Annual administration report of the Civil Veterinary Department of India - 1897-1898
Year: 1897
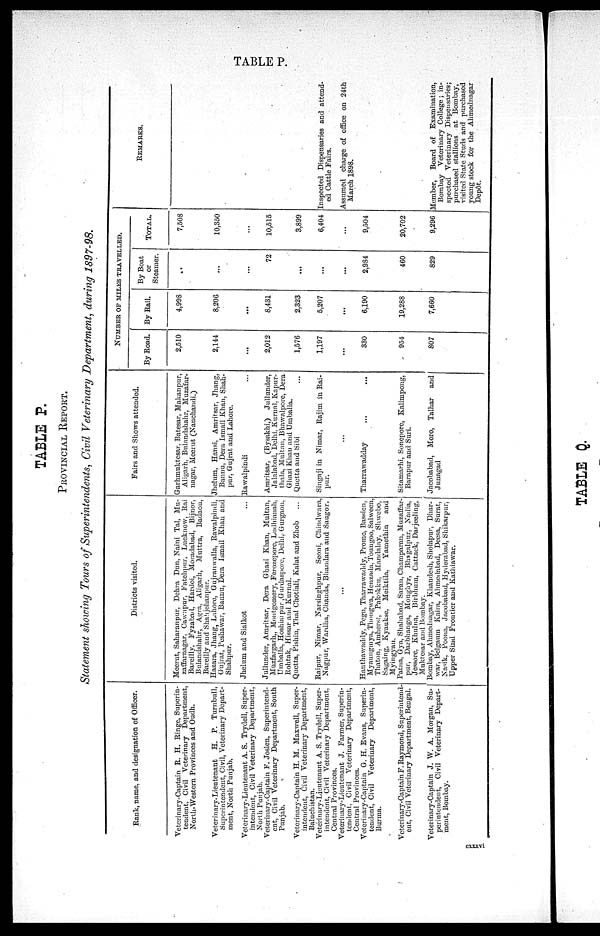
TABLE P.
TABLE P.
PROVINCIAL REPORT.
Statement showing Tours of Superintendents, Civil Veterinary Department, during 1897-98.
Rank, name, and designation of Officer.
Veterinary-Captain R. H. Ringe, Superin-
tendent, Civil Veterinary Department,
North-Western Provinces and Oudh.
Veterinary-Lieutenant H. P. Turnbull,
Superintendent, Civil, Veterinary Depart-
ment, North Punjab.
Veterinary-Lieutenant A. S. Trydell, Super-
intendent, Civil Veterinary Department,
North Punjab.
Veterinary-Captain F. Joslen, Superintend-
ent, Civil Veterinary Department, South
Punjab.
Veterinary-Captain H. M. Maxwell, Super-
intendent, Civil Veterinary Department,
Baluchistan.
Veterinary-Lieutenant A. S. Trydell, Super-
intendent, Civil Veterinary Department,
Central Provinces.
Veterinary-Lieutenant J. Farmer, Superin-
tendent, Civil Veterinary Department,
Central Provinces.
Veterinary-Captain G. H. Evans, Superin-
tendent, Civil Veterinary Department,
Burma.
Veterinary-Captain F. Raymond, Superintend-
ent, Civil Veterinary Department, Bengal.
Veterinary-Captain J. W. A. Morgan, Su-
perintendent, Civil Veterinary Depart-
ment, Bombay.
Districts visited.
Meerut, Saharanpur, Dehra Dun, Naini Tal, Mu-
zaffarnagar, Cawnpur, Fatehpur, Lucknow, Rai
Bareilly, Fyzabad, Hardoi, Moradabad, Bijnor.
Bulandshahr, Agra, Aligarh, Muttra, Badaon,
Bareilly and Shahjehanpur.
Hazara, Jhang, Lahore, Gujranwalla, Rawalpindi,
Gujrat, Peshawar, Bannu, Dera Ismail Khan and
Shahpur.
Jhelum and Sialkot
Jullunder, Amritsar, Dera Ghazi Khan, Multan,
Muzfargarh, Montgomery, Ferozepore, Ludhianah,
Umballa, Hoshiar pur ,Gurdaspore, Delhi, Gurgaon,
Rohtak, Hissar and Kurnal.
Quetta, Pishin, Thal Chotiali, Kalat and Zhob
Raipur, Nimar, Narsinghpur, Seoni, Chindwara,
Nagpur, Wardha, Chanda, Bhandara and Sangor.
...
Hanthawaddy, Pegu, Tharrawaddy, Prome, Bassien,
Myaungmya, Thongwa, Henzada, Toungoo, Salween,
Thaton, Amherst, Pakokku, Mandalay, Shwebo,
Sagaing, Kyaukse, Meiktila, Yamethin
and
Myingyan.
Patna, Gya, Shahabad, Saran, Champaran, Muzaffar-
pur, Darbhanga, Monghyr, Bhagalpur, Nadia,
Jessore, Khulna, Birbhum, Cattack, Darjeeling,
Muktesar and Bombay.
Bombay, Ahmeduagar, Khandesh, Sholapur, Dhar-
war, Belgaum Kaira, Ahmedabad, Deesa, Surat,
Nasik, Poona, Jacobabad, Hyderabad, Shikarpur,
Upper Sind Frontier and Kathiawar.
Fairs and Shows attended.
Garhmuktesar, Batesar, Makanpur,
Aligarh, Bulandshahr, Muzafar-
nagar, Meerut (Nauchandi.)
Jhelum, Hansi, Amritsar, Jhang,
Bannu, Dera Ismail Khan, Shah-
pur, Gujrat and Lahore.
Rawalpindi ...
Amritsar, (Bysakhi,) Jullunder,
Jalalabad, Delhi. Kurnal, Kapur-
thala, Multan, Bhawalpore, Dera
Ghazi Khan and Umballa.
Quetta and Sibi
Smgaji in Nimar, Rajim in Rai-
pur.
Tharrawadday
... ...
Sitamarhi, Sonepore, Kalimpong,
Barapur and Suri.
Jacobabad, Moro, Talhar and
Junagad
NUMBER OF MILKS TRAVELLED.
2,510
2,144
.....
2,012
1,576
1,197
...
330
954
807
4,998
8,206
...
8,431
2,323
5,207
...
6,190
19,288
7,660
...
...
...
72
...
...
...
2,984
460
829
7,508
10,350
...
10,515
3,899
6,404
...
9,504
20,702
9,296
REMARKS.
Inspected Dispensaries and attend-
ed Cattle Fairs.
Assumed charge of office on 24th
March 1898.
Member, Board of Examination,
Bombay Veterinary College; in-
spected Veterinary Dispensaries;
purchased stallions at Bombay,
visited State Studs and purchased
young stock for the Ahmednagar
Depôt.
cxxxvi